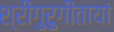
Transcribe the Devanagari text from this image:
श्रीगुरुगीतायां